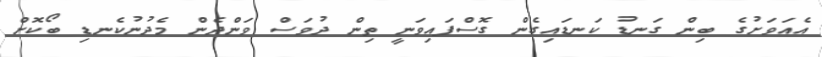
އެއަވަށުގެ ބިން ގަނޑު ކަނޑައިގެން ގޮސްފައިވަނީ ތިން ދުވަސް ވަންދެން މެދުނުކެނޑި ބޯކޮށް